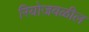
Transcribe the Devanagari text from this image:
रियोजवळील